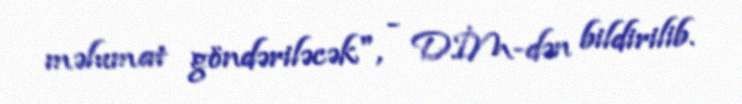
məlumat göndəriləcək", - DİM-dən bildirilib.